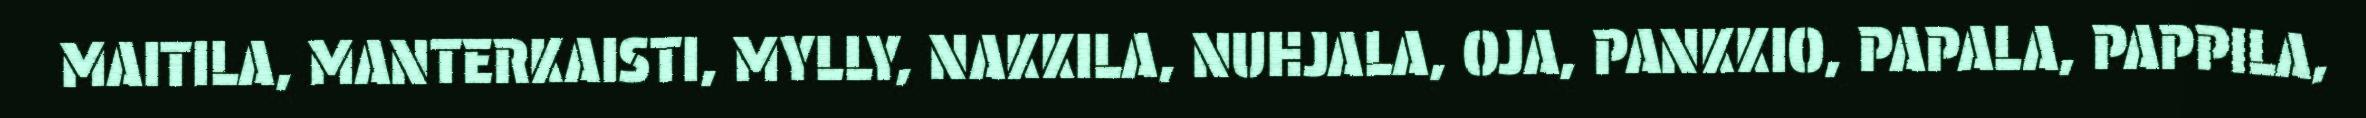
MAITILA, MANTERKAISTI, MYLLY, NAKKILA, NUHJALA, OJA, PANKKIO, PAPALA, PAPPILA,